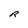
Character: R